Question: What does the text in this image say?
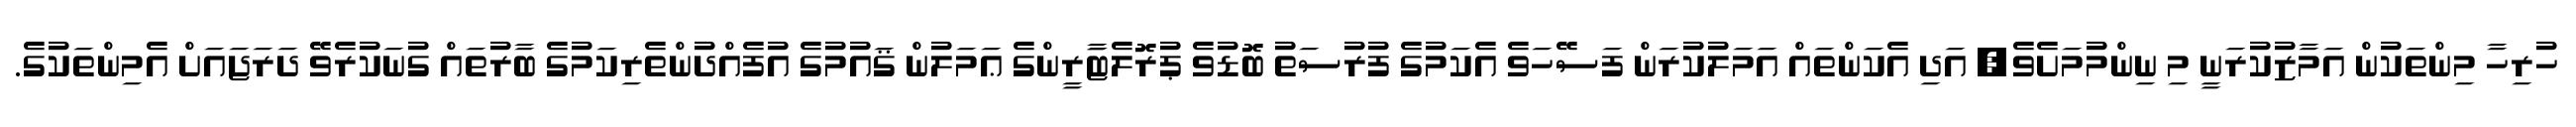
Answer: ހުރިހާ މިންތަކުން އަމާޒުކުރަނީ މި ނިންމުމަށެވެ; އަދި އެކަންތައް އަމަލުކުރަން ފަސޭހަވެ އެކަމުގެ ފުރުސަތު ބޮޑުވެ ޕުރޮލެޓަާރީންގެ ޢަމަލުން ޤައުމުގެ އުފެއްދުންތެރިކަމުގެ ބާރުތައް ގުނަކުރެވޭ ދަރަޖައަށް އެމިންތަކުގެ.